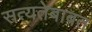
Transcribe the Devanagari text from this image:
सत्यतेबाबत